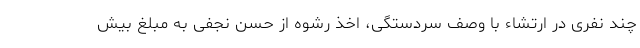
چند نفری در ارتشاء با وصف سردستگی، اخذ رشوه از حسن نجفی به مبلغ بیش